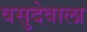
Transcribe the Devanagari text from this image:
वसुदेवाला